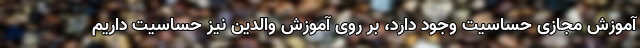
آموزش مجازی حساسیت وجود دارد، بر روی آموزش والدین نیز حساسیت داریم